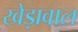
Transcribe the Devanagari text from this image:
खेड़ावाल